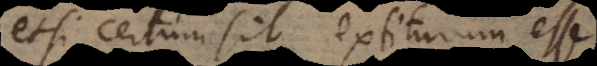
etsi certum sit extiturum esse